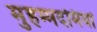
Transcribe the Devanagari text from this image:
मुहम्मदमियां